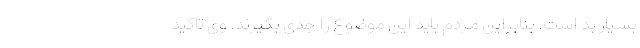
بسیار بد است. بنابراین مردم باید این موضوع را جدی بگیرند. وی تاکید